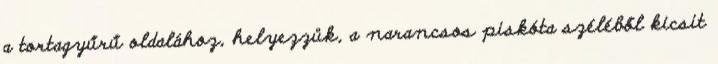
a tortagyűrű oldalához, helyezzük, a narancsos piskóta széléből kicsit